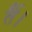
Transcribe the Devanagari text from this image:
तैं।